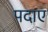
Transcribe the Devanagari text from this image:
पदाए